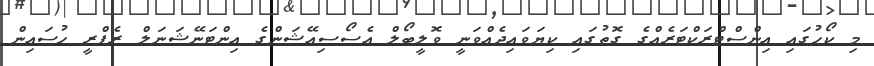
މި ކޯހުގައި އިންސްޓްރަކްޓަރެއްގެ ގޮތުގައި ކިޔަވައިދެއްވަނީ ވޮލީބޯލް އެސޯސިއޭޝަންގެ އިންޓަނޭޝަނަލް ރެފްރީ ހުސައިން